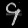
Digit: ၄